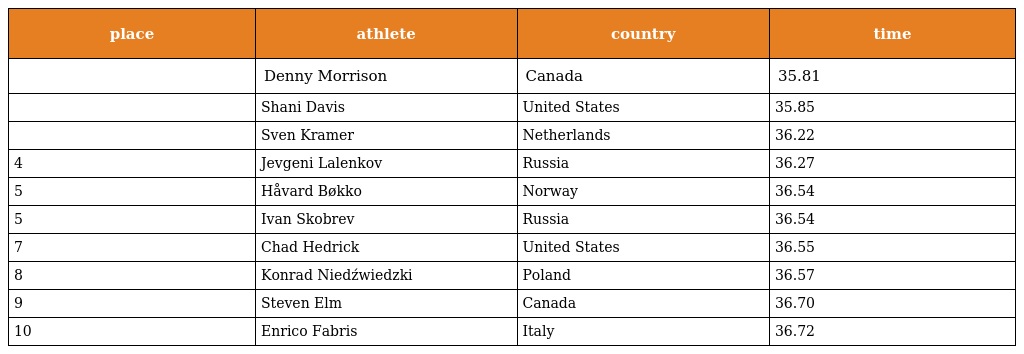
| place | athlete | country | time |
 | --- | --- | --- | --- |
 |  | Denny Morrison | Canada | 35.81 |
 |  | Shani Davis | United States | 35.85 |
 |  | Sven Kramer | Netherlands | 36.22 |
 | 4 | Jevgeni Lalenkov | Russia | 36.27 |
 | 5 | Håvard Bøkko | Norway | 36.54 |
 | 5 | Ivan Skobrev | Russia | 36.54 |
 | 7 | Chad Hedrick | United States | 36.55 |
 | 8 | Konrad Niedźwiedzki | Poland | 36.57 |
 | 9 | Steven Elm | Canada | 36.70 |
 | 10 | Enrico Fabris | Italy | 36.72 |